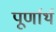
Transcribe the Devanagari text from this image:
पूर्णार्थ